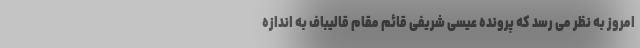
امروز به نظر می رسد که پرونده عیسی شریفی قائم مقام قالیباف به اندازه